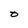
Character: O